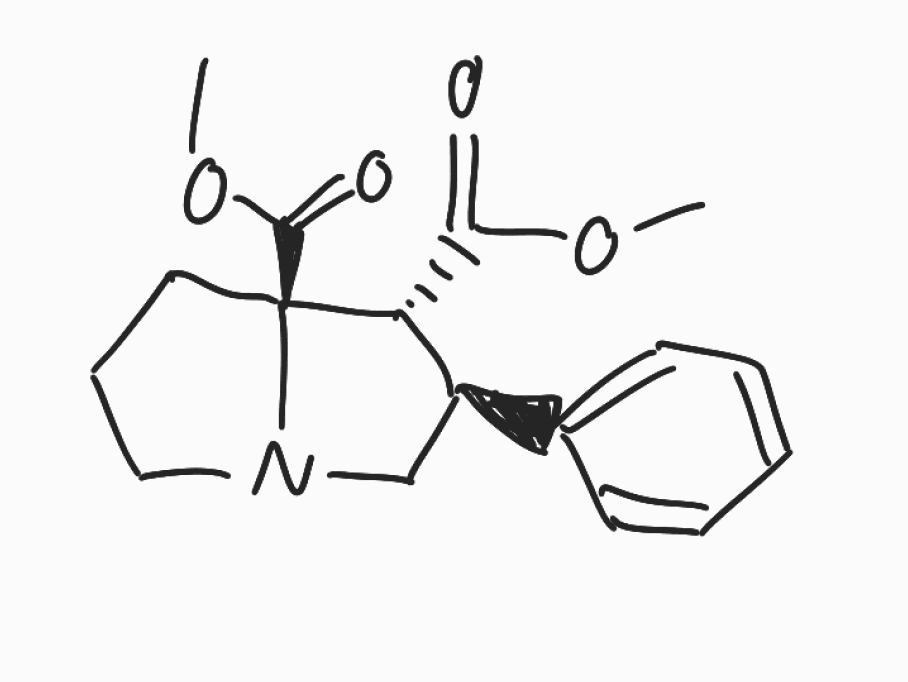
Simplified molecular-input line-entry system (SMILES) notation of the given molecule:
COC(=O)[C@@H]1[C@H](CN2[C@@]1(CCC2)C(=O)OC)C3=CC=CC=C3